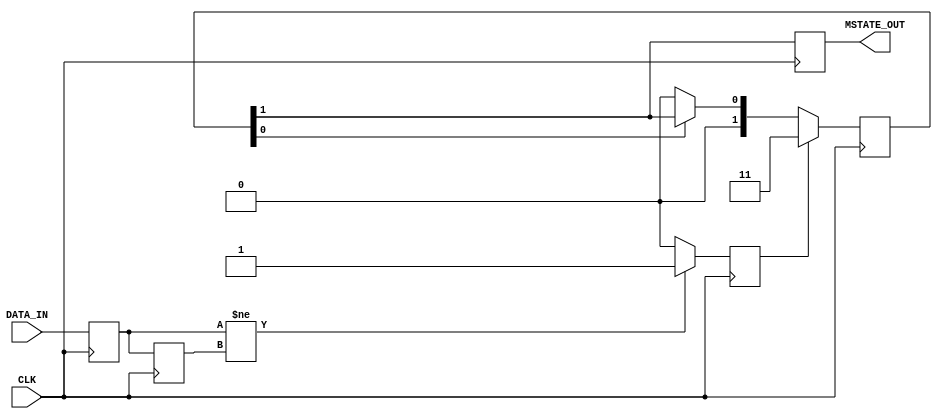
module metastability_detector (
    input wire DATA_IN,       // Asynchronous input signal
    input wire CLK,           // Synchronous clock
    output reg MSTATE_OUT     // Metastability indicator output
);

    // Internal registers to hold flip-flop outputs
    reg FF1_Q, FF2_Q;
    reg pulse_gen;            // Pulse generator output
    reg [1:0] state;         // State for pulse generation

    // Parameters for tuning pulse width
    parameter PULSE_WIDTH = 2; // Adjust this value for pulse width in clock cycles

    // Sampling flip-flops
    always @(posedge CLK) begin
        FF1_Q <= DATA_IN;      // First flip-flop samples DATA_IN
        FF2_Q <= FF1_Q;        // Second flip-flop samples FF1_Q
    end

    // Pulse generation logic
    always @(posedge CLK) begin
        // Check for transition
        if (FF1_Q != FF2_Q) begin
            pulse_gen <= 1'b1;  // Generate pulse
        end else begin
            pulse_gen <= 1'b0;  // No pulse
        end
    end

    // Pulse width control
    always @(posedge CLK) begin
        if (pulse_gen) begin
            state <= {1'b1, 1'b1}; // Start pulse
        end else if (state[0]) begin
            // Shift the state to create a pulse width
            state <= {1'b0, state[1]};
        end else begin
            state <= 2'b00;       // Reset state
        end
    end

    // Output metastability state
    always @(posedge CLK) begin
        MSTATE_OUT <= state[1]; // MSTATE_OUT goes high for the pulse duration
    end

endmodule